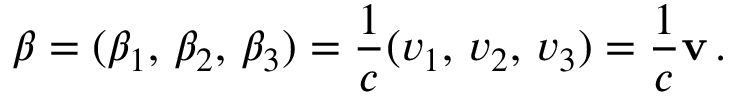
{ \boldsymbol { \beta } } = ( \beta _ { 1 } , \, \beta _ { 2 } , \, \beta _ { 3 } ) = { \frac { 1 } { c } } ( v _ { 1 } , \, v _ { 2 } , \, v _ { 3 } ) = { \frac { 1 } { c } } \mathbf { v } \, .